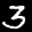
Label: 3